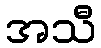
အသီ